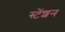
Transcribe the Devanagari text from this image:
स्टेंशन